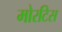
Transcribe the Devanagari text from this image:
मोरटिस